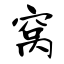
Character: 窝